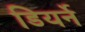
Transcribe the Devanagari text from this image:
डियर्ने